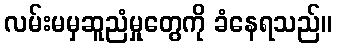
လမ်းမမှဆူညံမှုတွေကို ခံနေရသည်။